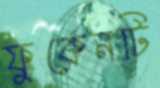
ফুকেনটি